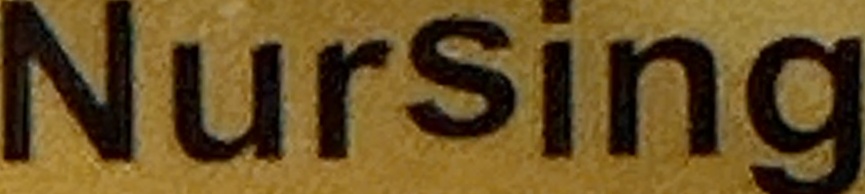
Nursing